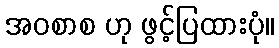
အဝစာစ ဟု ဖွင့်ပြထားပုံ။